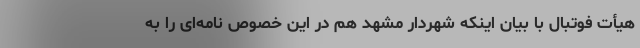
هیأت فوتبال با بیان اینکه شهردار مشهد هم در این خصوص نامه‌ای را به